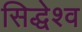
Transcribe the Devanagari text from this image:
सिद्धेश्व